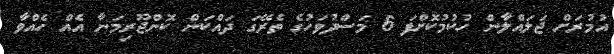
އުމުރަށް ޖަލައްލާން ހުކުމުކޮށްފަ 6 މަސްދުވަހުގެ ތެރޭގަ ދައްކަން ކޮންޖޫރިމަނާ އެއް ހެއްވާ